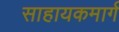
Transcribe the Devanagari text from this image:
साहायकमार्ग